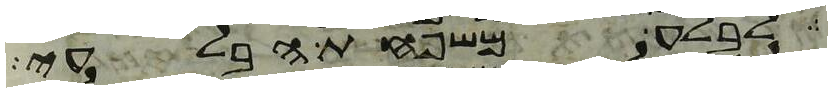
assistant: לבלע משפחת הבלעי